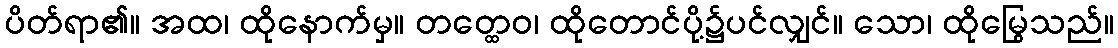
ပိတ်ရာ၏။ အထ၊ ထိုနောက်မှ။ တတ္ထေဝ၊ ထိုတောင်ပို့၌ပင်လျှင်။ သော၊ ထိုမြွေသည်။